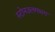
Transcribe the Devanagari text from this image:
स्टोनउलगभग